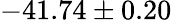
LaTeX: -41.74\pm 0.20